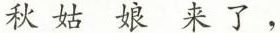
秋姑娘来了，